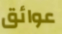
عوائق